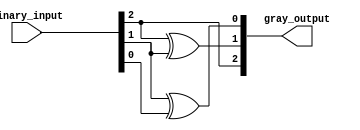
module gray_code_encoder #(
    parameter N = 3  // Parameter for bit width, default is 3
) (
    input  wire [N-1:0] binary_input, // n-bit binary input
    output wire [N-1:0] gray_output    // n-bit Gray code output
);

    assign gray_output[N-1] = binary_input[N-1]; // Most significant bit remains the same
    genvar i;
    generate
        for (i = N-2; i >= 0; i = i - 1) begin
            assign gray_output[i] = binary_input[i+1] ^ binary_input[i]; // XOR operation
        end
    endgenerate

endmodule